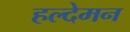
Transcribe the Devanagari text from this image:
हल्देमन